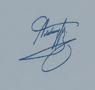
Signature authenticity: genuine